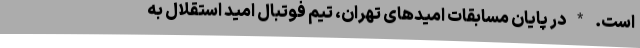
است. * در پایان مسابقات امیدهای تهران، تیم فوتبال امید استقلال به